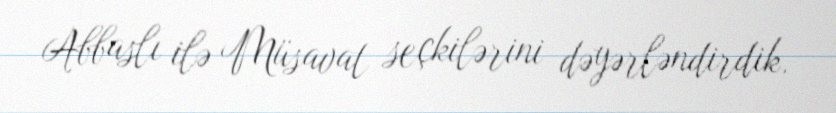
Abbaslı ilə Müsavat seçkilərini dəyərləndirdik.